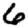
Digit: 6